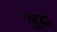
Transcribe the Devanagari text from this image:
युद्ध्